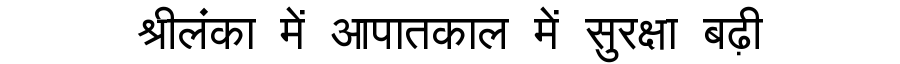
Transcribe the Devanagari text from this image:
श्रीलंका में आपातकाल में सुरक्षा बढ़ी